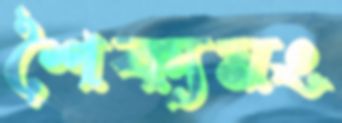
শৈক্যমং